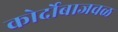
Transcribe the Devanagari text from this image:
कोर्दोबाजवळ